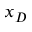
x _ { D }